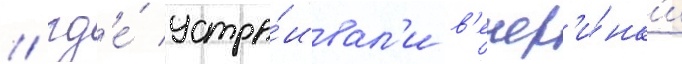
/ гд'е́ устра́ивал'и в'ечер'и́нк'и